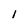
Character: I